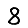
Digit: 8